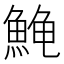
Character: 𱆰